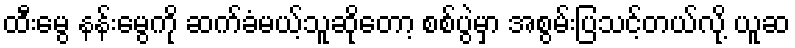
ထီးမွေ နန်းမွေကို ဆက်ခံမယ့်သူဆိုတော့ စစ်ပွဲမှာ အစွမ်းပြသင့်တယ်လို့ ယူဆ